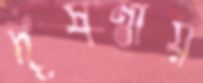
দূষণীয়